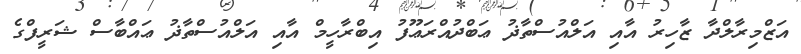
އަޒްމިރާލްދާ ޒާހިރު އާއި އަލްއުސްތާޛު ޢަބްދުއްރަޢޫފު އިބްރާހީމް އާއި އަލްއުސްތާޛު ޢައްބާސް ޝަރީފްގެ